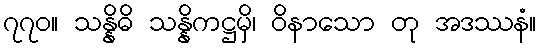
၇၇၀။ သန္နိဓိ သန္နိကဋ္ဌမှိ၊ ဝိနာသော တု အဒဿနံ။